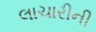
લાચારીની